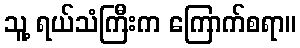
သူ့ ရယ်သံကြီးက ကြောက်စရာ။